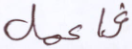
فاعمل